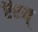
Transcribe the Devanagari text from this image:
ऍरन्